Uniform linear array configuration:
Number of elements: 48
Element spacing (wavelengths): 0.5
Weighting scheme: hann
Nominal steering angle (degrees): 30
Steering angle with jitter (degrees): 31.932
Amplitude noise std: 0.05
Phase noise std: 0.05

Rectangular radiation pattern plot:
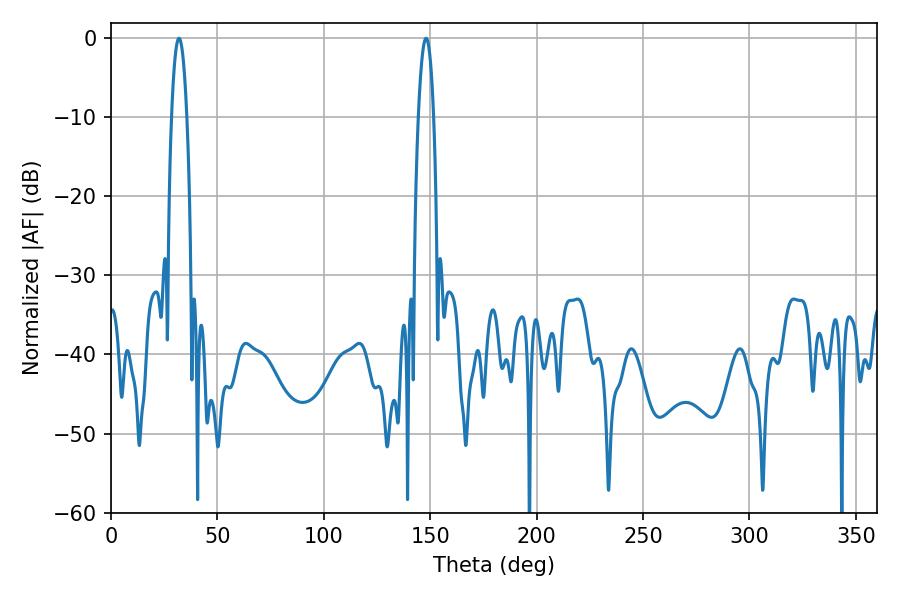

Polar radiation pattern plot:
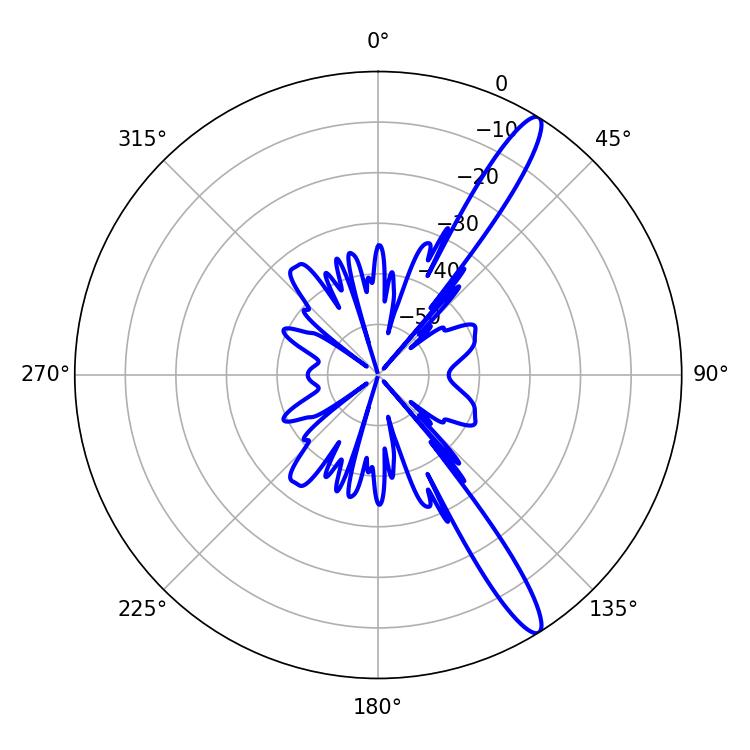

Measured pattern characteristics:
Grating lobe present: FALSE
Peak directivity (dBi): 13.995
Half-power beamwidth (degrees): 3.96
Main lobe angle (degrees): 31.86